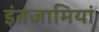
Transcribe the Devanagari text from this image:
इंतजामियां